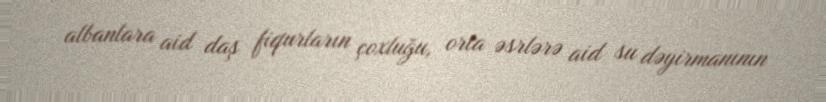
albanlara aid daş fiqurların çoxluğu, orta əsrlərə aid su dəyirmanının